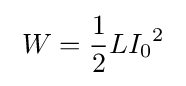
\;W={\frac {1}{2}}L{I_{0}}^{2}\;